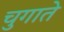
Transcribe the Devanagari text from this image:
चुगाते